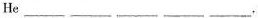
He___ ___ ___ ___ ___.